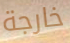
خارجة